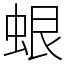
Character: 蛝